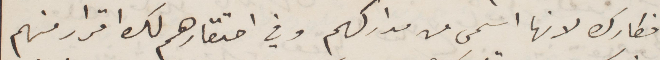
افكارك لانها اسمى من مداركهم وفي احتقارهم لك إقرار منهم